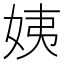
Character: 姨